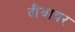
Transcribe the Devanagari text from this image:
दौयावर